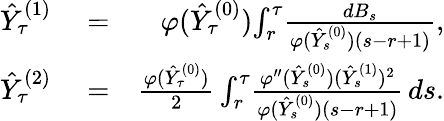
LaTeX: \begin{array}{rlr}{\hat{Y}_{\tau}^{(1)}}&{{}=}&{\varphi(\hat{Y}_{\tau}^{(0)})\! \int_{r}^{\tau}\! \frac{dB_{s}}{\varphi(\hat{Y}_{s}^{(0)})(s-r+1)},}\\ {\hat{Y}_{\tau}^{(2)}}&{{}=}&{\frac{\varphi(\hat{Y}_{\tau}^{(0)})}{2}\int_{r}^{\tau}\! \frac{\varphi^{\prime\prime}(\hat{Y}_{s}^{(0)})(\hat{Y}_{s}^{(1)})^{2}}{\varphi(\hat{Y}_{s}^{(0)})(s-r+1)}\, ds.}\end{array}